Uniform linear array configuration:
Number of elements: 12
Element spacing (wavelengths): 0.75
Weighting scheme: exponential
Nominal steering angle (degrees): -15
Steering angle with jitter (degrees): -15.834
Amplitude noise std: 0.05
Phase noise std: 0.05

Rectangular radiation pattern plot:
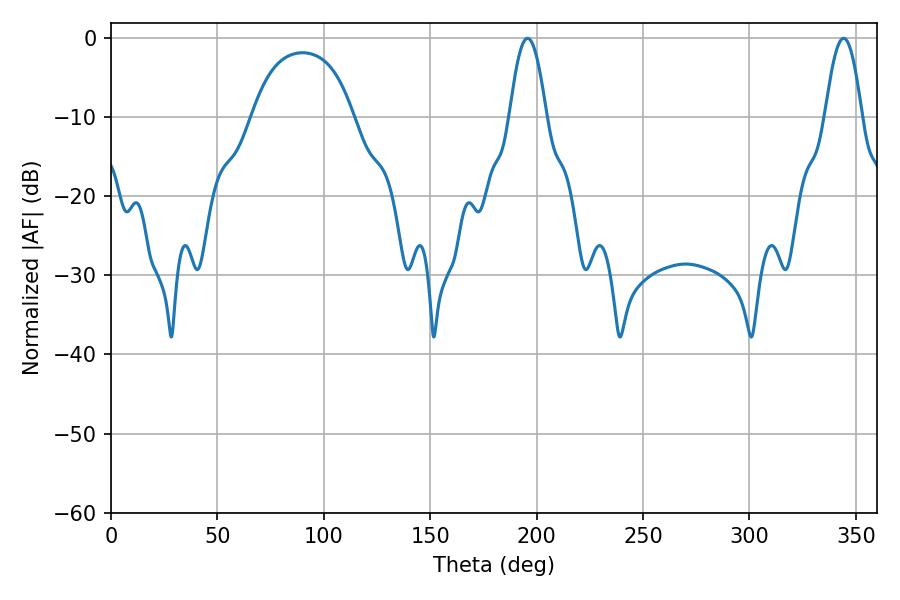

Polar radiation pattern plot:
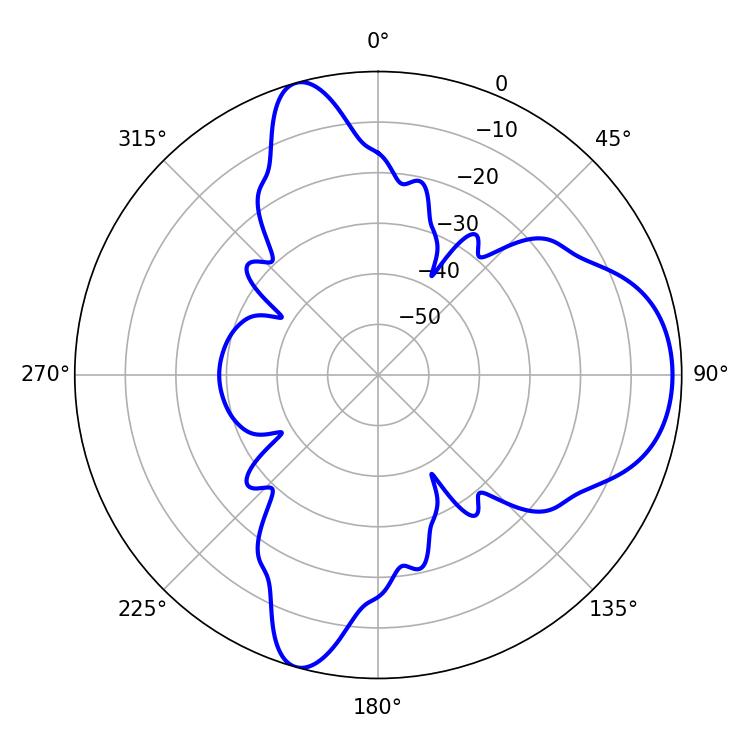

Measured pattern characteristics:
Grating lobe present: TRUE
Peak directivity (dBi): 8.594
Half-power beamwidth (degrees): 9.36
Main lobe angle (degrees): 195.66